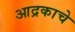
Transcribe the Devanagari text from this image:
आद्रकाचे